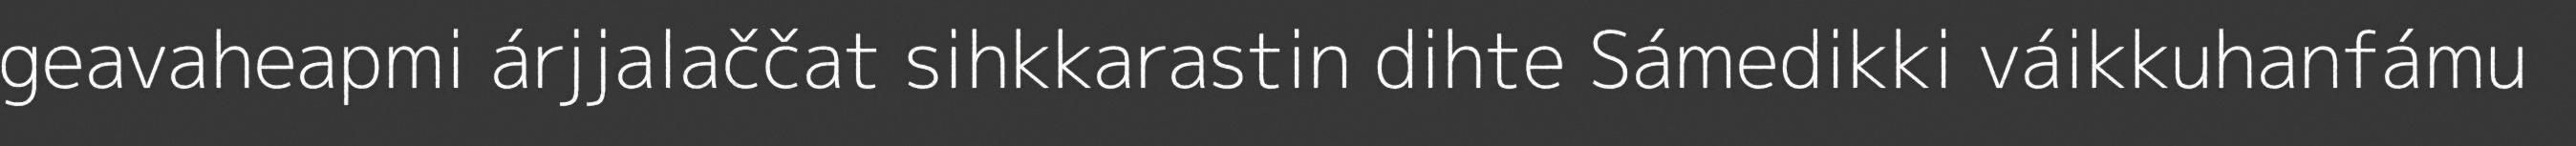
geavaheapmi árjjalaččat sihkkarastin dihte Sámedikki váikkuhanfámu